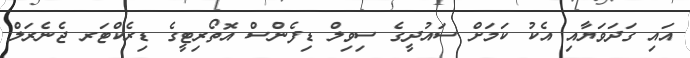
އައި ގަދަވަޔާއި އެކު ކަމަށް ސައުދީގެ ސިވިލް ޑިފެންސް އޮތޯރިޓީގެ ޑިރެކްޓަރ ޖެނެރަލް